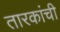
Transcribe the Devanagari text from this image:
तारकांची